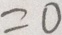
= 0